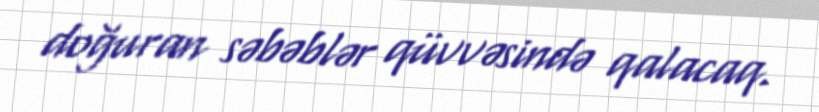
doğuran səbəblər qüvvəsində qalacaq.